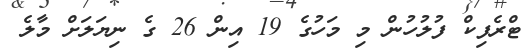
ޓްރެފިކް ފުލުހުން މި މަހުގެ 19 އިން 26 ގެ ނިޔަލަށް މާލެ